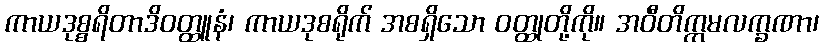
ကာယဒုစ္စရိတာဒိဝတ္ထူနံ၊ ကာယဒုစရိုက် အစရှိသော ဝတ္ထုတို့ကို။ အဝီတိက္ကမလက္ခဏာ၊